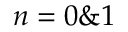
n = 0 \& 1